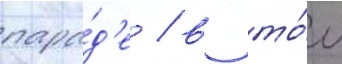
пара́д'е / в то́м